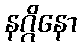
နဂ္ဂိနော